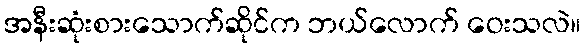
အနီးဆုံးစားသောက်ဆိုင်က ဘယ်လောက် ဝေးသလဲ။